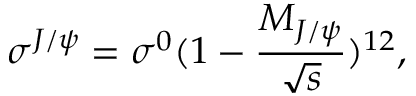
\sigma ^ { J / \psi } = \sigma ^ { 0 } ( 1 - \frac { M _ { J / \psi } } { \sqrt { s } } ) ^ { 1 2 } ,